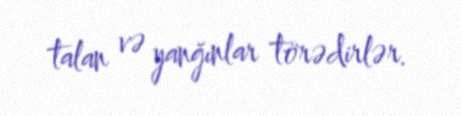
talan və yanğınlar törədirlər.